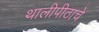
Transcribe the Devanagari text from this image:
थालीपीठाचे